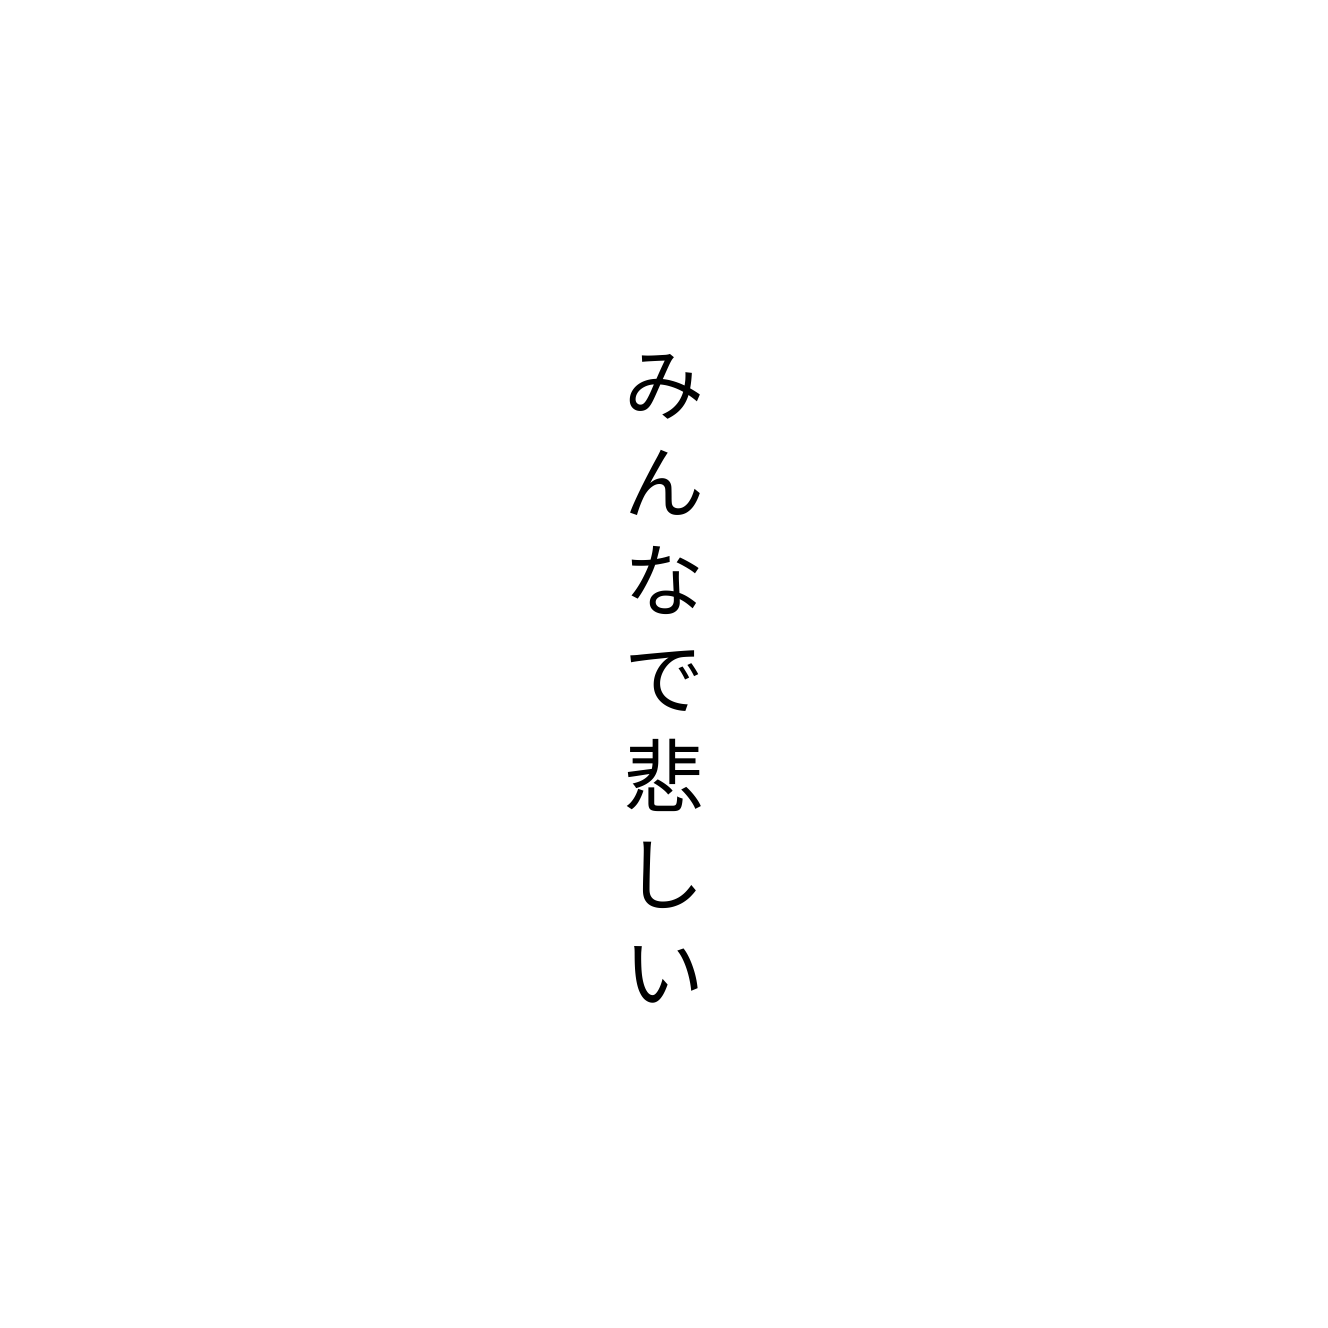
みんなで悲しい